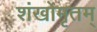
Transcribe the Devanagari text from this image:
शंखोमृतम्